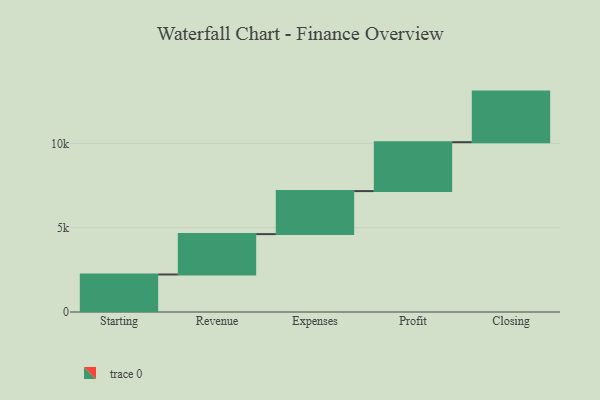
{"axis": {"x": "Step", "y": "Value"}, "legend": [""], "data": [{"x": "Starting", "y": 2224.0, "type": ""}, {"x": "Revenue", "y": 2395.0, "type": ""}, {"x": "Expenses", "y": 2552.0, "type": ""}, {"x": "Profit", "y": 2901.0, "type": ""}, {"x": "Closing", "y": 3000, "type": ""}]}